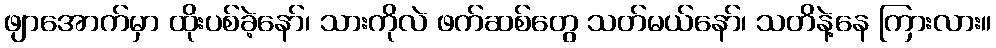
ဖျာအောက်မှာ ထိုးပစ်ခဲ့နော်၊ သားကိုလဲ ဖက်ဆစ်တွေ သတ်မယ်နော်၊ သတိနဲ့နေ ကြားလား။